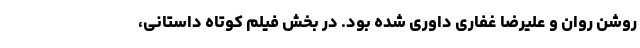
روشن روان و علیرضا غفاری داوری شده بود. در بخش فیلم کوتاه داستانی،